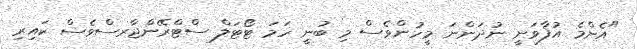
"އެންމެ އުފާވަނީ ނުދަންނަ މީހުންވެސް މި ބުނީ ހަމަ ޓޯޓަލް ސްޓްރޭންޖާރސްވެސް ކައިރި